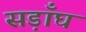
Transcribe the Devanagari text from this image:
सड़ाँघ